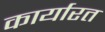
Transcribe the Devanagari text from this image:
कार्यारत